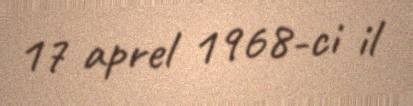
17 aprel 1968-ci il